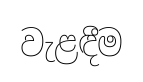
වැළඳීම